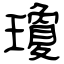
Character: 瓊